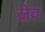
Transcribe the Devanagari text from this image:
ज़ेव